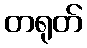
တရုတ်